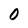
Character: 0